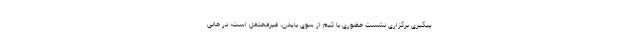
پیگیری برگزاری نشست حضوری با کیم از سوی بایدن، غیرمحتمل است؛ در حالی